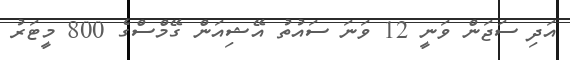
އަދި ސަޖަން ވަނީ 12 ވަނަ ސައުތު އޭޝިއަން ގޭމްސްގެ 800 މީޓަރު